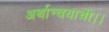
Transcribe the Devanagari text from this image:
अर्थान्वयाची।।